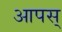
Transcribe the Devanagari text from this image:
आपस्‌